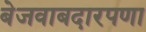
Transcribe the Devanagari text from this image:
बेजवाबदारपणा